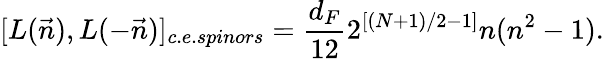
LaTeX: [L(\vec{n}),L(-\vec{n})]_{c.e.spinors}=\frac{d_{F}}{12}2^{[(N+1)/2-1]}n(n^{2}-1).